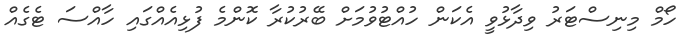
ހޯމް މިނިސްޓަރު ވިދާޅުވީ އެކަން ހުއްޓުވުމަށް ބޭރުކުރާ ކޮންމެ ފުޅިއެއްގައި ހާއްސަ ޓެގެއް